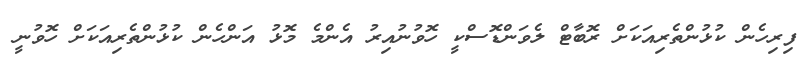
ފިރިހެން ކުޅުންތެރިއަކަށް ރޮބާޓް ލެވަންޑޮސްކީ ހޮވުނުއިރު އެންމެ މޮޅު އަންހެން ކުޅުންތެރިއަކަށް ހޮވުނީ